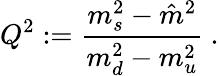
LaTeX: Q^{2}:=\displaystyle\frac{m_{s}^{2}-\hat{m}^{2}}{m_{d}^{2}-m_{u}^{2}}~.